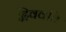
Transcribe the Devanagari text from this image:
द्विववधि